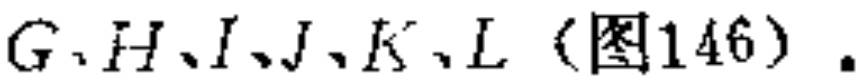
$G、H、I、J、K、L$（图146）.